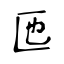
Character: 匜